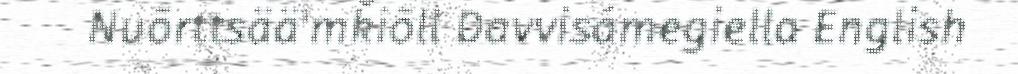
Nuõrttsää'mǩiõll Davvisámegiella English